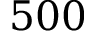
5 0 0